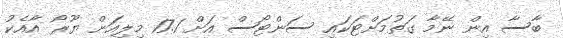
ބާސާ އިން ނޭމާ ގަތުމަށްޓަކައި ސަންޓޯސް އަށް 17.1 މިލިއަން ޔޫރޯ އާއެކު